Juri_Uluots, lk 6
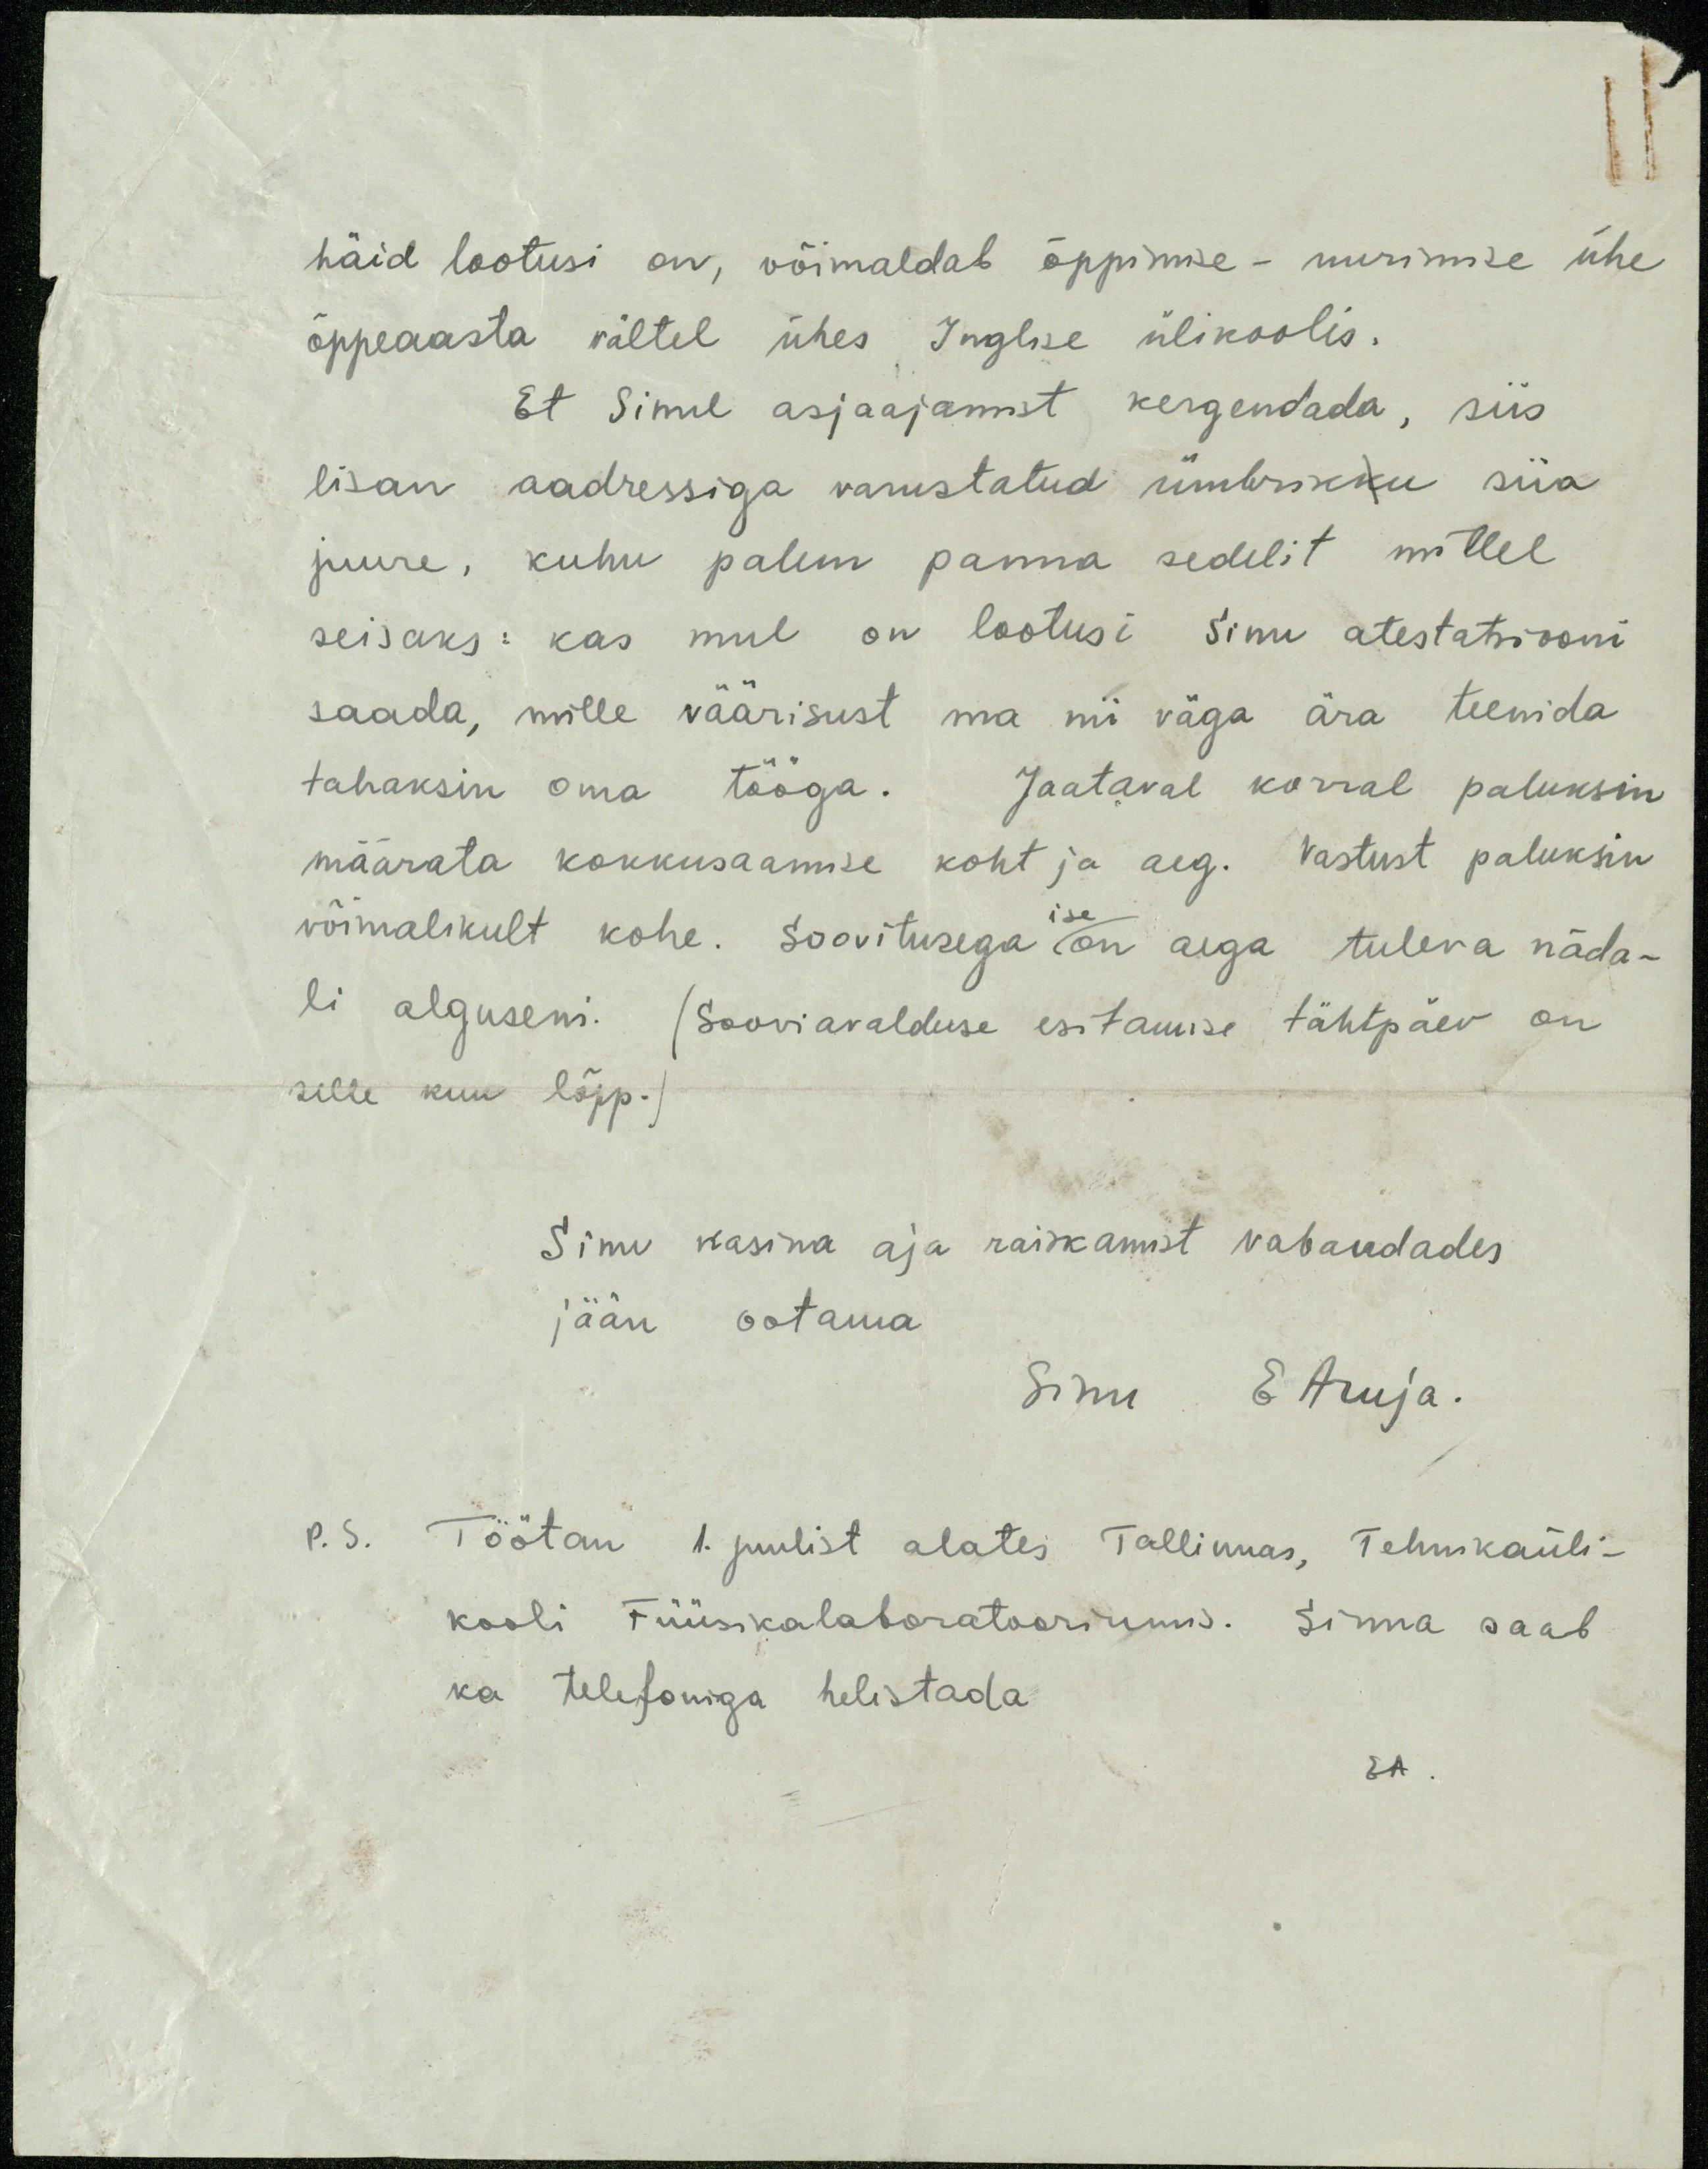
häid lootusi on, võimaldab õppimise - uurimise ühe
õppeaasta vältel ühes Inglise ülikoolis.
Et Sinul asjaajamist kergendada, siis
lisan aadressiga varustatud ümbrikku siia
juure, kuhu palun panna sedelit millel
seisaks: kas mul on lootusi Sinu atestatsiooni
saada, mille väärisust ma nii väga ära teenida
tahaksin oma tööga. Jaataval korral paluksin
määrata kokkusaamise koht ja aeg. Vastust paluksin
võimalikult kohe. Soovitusega ise on aega tuleva näda-
li alguseni. (Sooviavalduse esitamise tähtpäev on
selle kuu lõpp.)
Sinu kasina aja raiskamist vabandades
jään ootama
Sinu E Aruja.
P. S. Töötan 1. juulist alates Tallinnas, Tehnikaüli-
kooli Füüsikalaboratooriumis. Sinna saab
ka telefoniga helistada
EA.